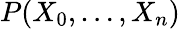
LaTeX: P(X_{0},\ldots,X_{n})